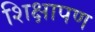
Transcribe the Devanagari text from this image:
शिक्षापण